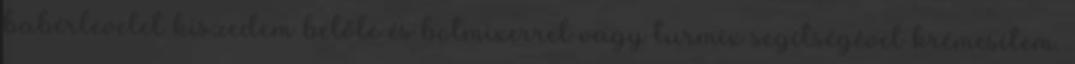
babérlevelet kiszedem belőle és botmixerrel vagy turmix segítségével krémesítem.